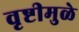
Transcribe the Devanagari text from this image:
वृष्टीमुळे